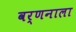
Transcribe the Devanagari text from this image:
वर्णनाला